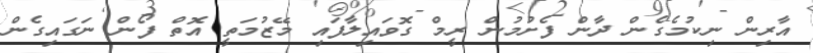
އާރިން ނިކުމެގެން ދާން ފެށުމުން ރީމް ގޮވައިލާފައި މޭޒުމަތީ އޮތް ފޯން ނަގައިގެން